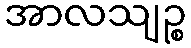
အာလသျဉ္စ